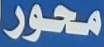
محور